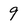
Character: 9